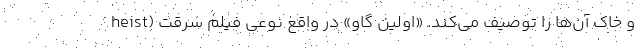
و خاک آن‌ها را توصیف می‌کند. «اولین گاو» در واقع نوعی فیلم سرقت (heist